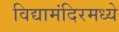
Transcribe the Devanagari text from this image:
विद्यामंदिरमध्ये